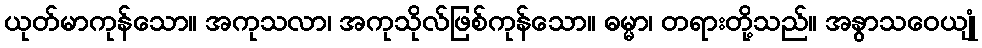
ယုတ်မာကုန်သော။ အကုသလာ၊ အကုသိုလ်ဖြစ်ကုန်သော။ ဓမ္မာ၊ တရားတို့သည်။ အနွာသဝေယျုံ